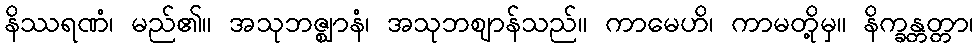
နိဿရဏံ၊ မည်၏။ အသုဘဇ္ဈာနံ၊ အသုဘဈာန်သည်။ ကာမေဟိ၊ ကာမတို့မှ။ နိက္ခန္တတ္တာ၊